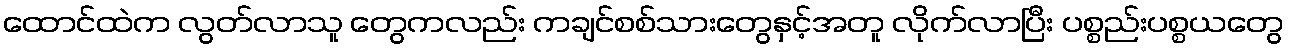
ထောင်ထဲက လွတ်လာသူ တွေကလည်း ကချင်စစ်သားတွေနှင့်အတူ လိုက်လာပြီး ပစ္စည်းပစ္စယတွေ